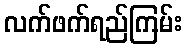
လက်ဖက်ရည်ကြမ်း